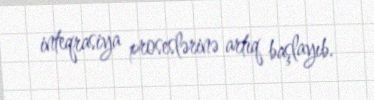
inteqrasiya proseslərinə artıq başlayıb.